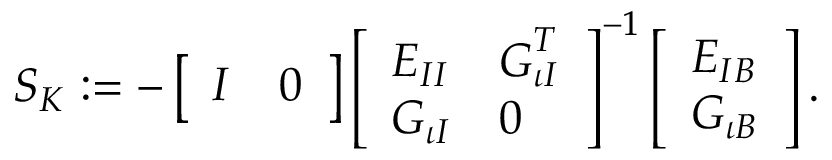
\begin{array} { r } { \boldsymbol { S } _ { K } : = - \left[ \begin{array} { l l } { \boldsymbol { I } } & { \boldsymbol { 0 } } \end{array} \right] \left[ \begin{array} { l l } { \boldsymbol { E } _ { I I } } & { \boldsymbol { G } _ { \iota I } ^ { T } } \\ { \boldsymbol { G } _ { \iota I } } & { \boldsymbol { 0 } } \end{array} \right] ^ { - 1 } \left[ \begin{array} { l } { \boldsymbol { E } _ { I B } } \\ { \boldsymbol { G } _ { \iota B } } \end{array} \right] . } \end{array}